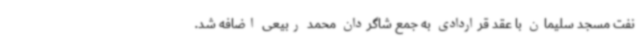
نفت مسجد سلیمان با عقد قراردادی به جمع شاگردان محمد ربیعی اضافه شد.